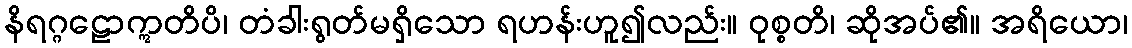
နိရဂ္ဂဠောဣတိပိ၊ တံခါးရွတ်မရှိသော ရဟန်းဟူ၍လည်း။ ဝုစ္စတိ၊ ဆိုအပ်၏။ အရိယော၊